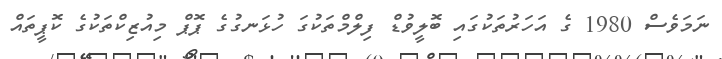
ނަމަވެސް 1980 ގެ އަހަރުތަކުގައި ބޮލީވުޑް ފިލްމްތަކުގަ ހުޅަނގުގެ ޕޮޕް މިއުޒިކްތަކުގެ ކޮޕީތައް